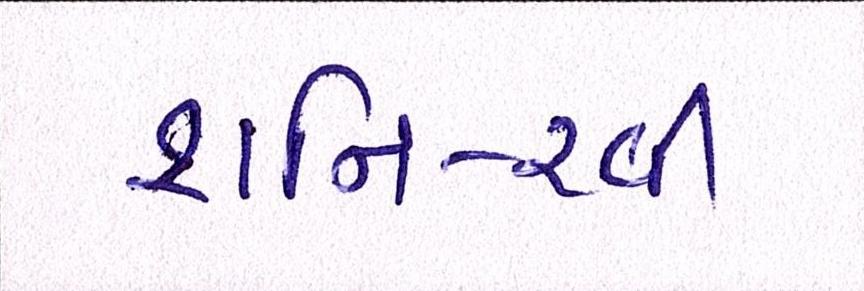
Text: શનિ-રવી